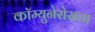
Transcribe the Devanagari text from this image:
कॉम्युनेरोसचा